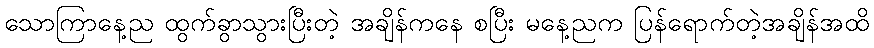
သောကြာနေ့ည ထွက်ခွာသွားပြီးတဲ့ အချိန်ကနေ စပြီး မနေ့ညက ပြန်ရောက်တဲ့အချိန်အထိ